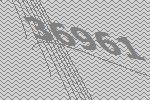
36961